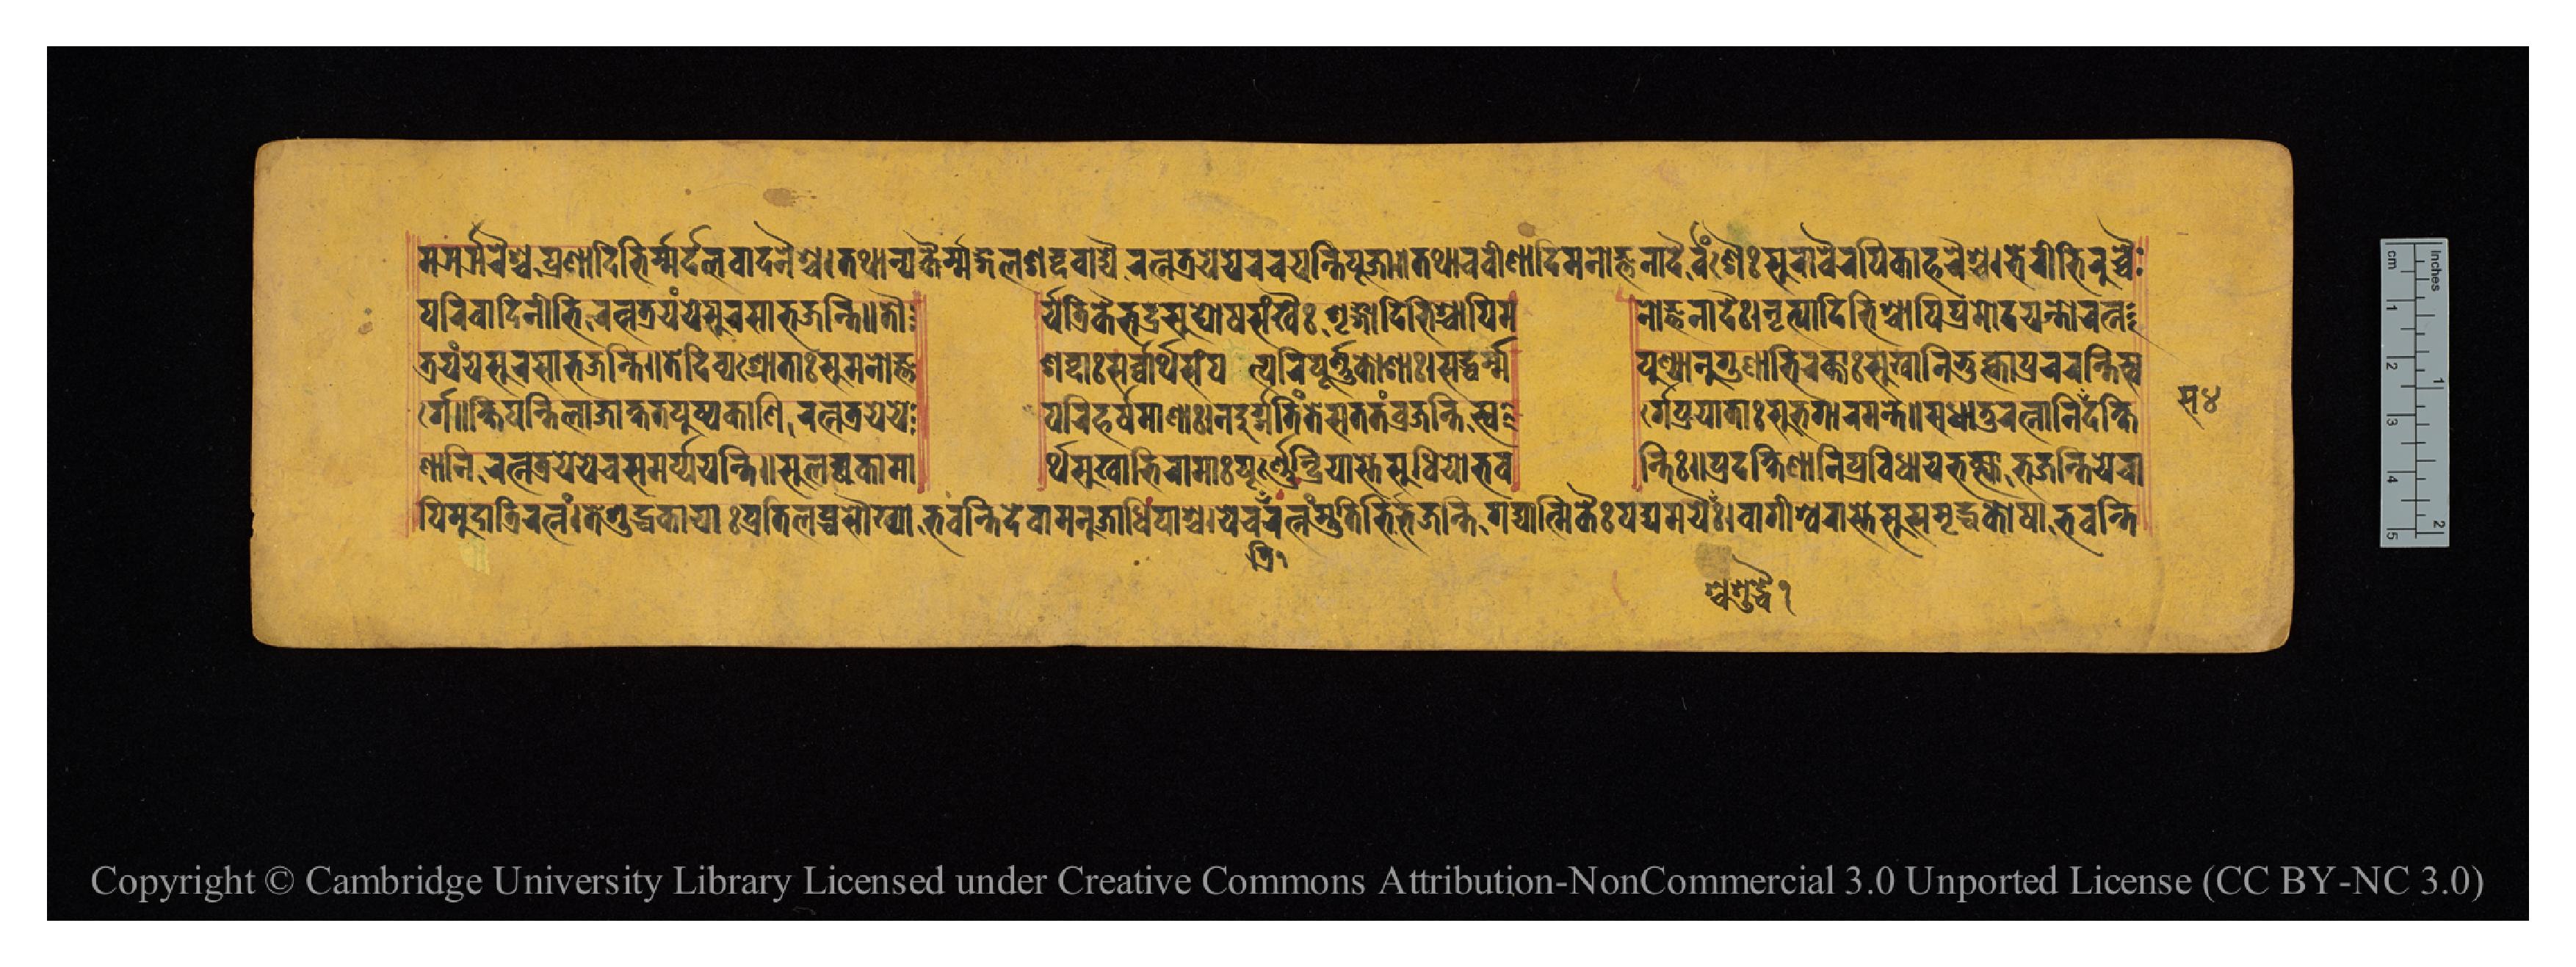
𑐩𑐗𑐬𑑂𑐗𑐬𑐿𑐱𑑂𑐔𑐥𑑂𑐬𑐞𑐵𑐡𑐶𑐨𑐶𑐬𑑂𑐩𑐬𑑂𑐡𑐣𑐰𑐵𑐡𑐣𑐿𑐱𑑂𑐔𑑋𑐟𑐠𑐵𑐣𑑂𑐫𑐎𑐿𑐬𑑂𑐩𑑄𑐐𑐮𑐱𑐧𑑂𑐡𑐰𑐵𑐡𑑂𑐫𑐿𑐬𑐟𑑂𑐣𑐟𑑂𑐬𑐫𑐾𑐫𑐾𑐬𑐔𑐫𑐣𑑂𑐟𑐶𑐥𑐹𑐖𑐵𑑄𑑌𑐟𑐠𑐵𑐔𑐰𑐷𑐞𑐵𑐡𑐶𑐩𑐣𑑀𑐖𑑂𑐘𑐣𑐵𑐡𑐿𑐬𑑂𑐰𑐱𑐿𑑅𑐳𑐸𑐬𑐵𑐰𑐿𑐬𑐥𑐶𑐎𑐵𑐴𑐬𑐿𑐱𑑂𑐔𑑋𑐨𑐾𑐬𑐷𑐨𑐶𑐬𑐸𑐔𑑂𑐔𑐿 𑐥𑐬𑐶𑐰𑐵𑐡𑐶𑐣𑐷𑐨𑐶𑐬𑐟𑑂𑐣𑐟𑑂𑐬𑐫𑑄𑐫𑐾𑐳𑐸𑐬𑐳𑐵𑐨𑐖𑐣𑑂𑐟𑐶𑑌𑐟𑑁 𑐬𑑂𑐫𑐟𑑂𑐬𑐶𑐎𑐿𑐬𑑂𑐨𑐡𑑂𑐬𑐳𑐸𑐑𑑀𑐲𑐱𑑄𑐏𑐿𑑅𑐱𑐺𑑄𑐐𑐵𑐡𑐶𑐨𑐶𑐱𑑂𑐔𑐵𑐥𑐶𑐩 𑐣𑑀𑐖𑑂𑐘𑐣𑐵𑐡𑐿𑑅𑑋𑐣𑐺𑐟𑑂𑐫𑐵𑐡𑐶𑐨𑐶𑐱𑑂𑐔𑐵𑐥𑐶𑐥𑑂𑐬𑐩𑑀𑐡𑐫𑐣𑑂𑐟𑑀𑐬𑐟𑑂𑐣 𑐟𑑂𑐬𑐫𑑄𑐫𑐾𑐳𑐸𑐬𑐳𑐵𑐨𑐖𑐣𑑂𑐟𑐶𑑌𑐟𑐾𑐡𑐶𑐰𑑂𑐫𑐱𑑂𑐬𑑀𑐟𑑂𑐬𑐵𑑅𑐳𑐸𑐩𑐣𑑀𑐖𑑂𑐘 𑐱𑐧𑑂𑐡𑐵𑑅𑐳𑐬𑑂𑐰𑐵𑐬𑑂𑐠𑐳𑐩𑑂𑐥𑐟𑑂𑐫𑐥𑐬𑐶𑐥𑐹𑐬𑑂𑐞𑐎𑑀𑐱𑐵𑑅𑑋𑐳𑐡𑑂𑐢𑐬𑑂𑐩𑑂𑐩 𑐥𑐸𑐞𑑂𑐫𑐵𑐣𑐸𑐐𑐸𑐞𑐵𑐨𑐶𑐬𑐎𑑂𑐟𑐵𑑅𑐳𑐸𑐏𑐵𑐣𑐶𑐨𑐸𑐎𑑂𑐟𑑂𑐰𑐵𑐥𑑂𑐬𑐔𑐬𑐣𑑂𑐟𑐶𑐳𑑂𑐰 𑐬𑑂𑐐𑐾𑑌𑐎𑑂𑐲𑐶𑐥𑐣𑑂𑐟𑐶𑐮𑐵𑐖𑐵𑐎𑑂𑐲𑐟𑐥𑐸𑐲𑑂𑐥𑐎𑐵𑐞𑐶𑐬𑐟𑑂𑐣𑐟𑑂𑐬𑐫𑐾𑐫𑐾 𑐥𑐬𑐶𑐴𑐬𑑂𑐲𑐩𑐵𑐞𑐵𑑅𑑋𑐣𑐡𑐸𑐬𑑂𑐐𑐟𑐶𑑄𑐟𑐾𑐳𑐟𑐟𑑄𑐰𑑂𑐬𑐖𑐣𑑂𑐟𑐶𑐳𑑂𑐰 𑐬𑑂𑐐𑐾𑐥𑑂𑐬𑐫𑐵𑐟𑐵𑑅𑐳𑐸𑐨𑐐𑐵𑐬𑐩𑐣𑑂𑐟𑐾𑑌𑐳𑐸𑐢𑐵𑐟𑐸𑐬𑐟𑑂𑐣𑐵𑐣𑐶𑐳𑐡𑐎𑑂𑐲𑐶 𑐞𑐵𑐣𑐶𑐬𑐟𑑂𑐣𑐟𑑂𑐬𑐫𑐾𑐫𑐾𑐔𑐳𑐩𑐬𑑂𑐥𑐫𑐣𑑂𑐟𑐶𑑌𑐳𑐸𑐮𑐧𑑂𑐢𑐎𑐵𑐩𑐵 𑐬𑑂𑐠𑐳𑐸𑐏𑐵𑐨𑐶𑐬𑐵𑐩𑐵𑑅𑐥𑐹𑐬𑑂𑐞𑐾𑐣𑑂𑐡𑑂𑐬𑐶𑐫𑐵𑐳𑑂𑐟𑐾𑐳𑐸𑐢𑐶𑐫𑑀𑐨𑐰 𑐣𑑂𑐟𑐶𑑌𑐥𑑂𑐬𑐡𑐎𑑂𑐲𑐶𑐞𑐵𑐣𑐶𑐥𑑂𑐬𑐰𑐶𑐢𑐵𑐫𑐨𑐎𑑂𑐟𑑂𑐫𑐵𑐨𑐖𑐣𑑂𑐟𑐶𑐫𑐾𑐔𑐵 𑐥𑐶𑐩𑐸𑐡𑐵𑐟𑑂𑐬𑐶𑐬𑐟𑑂𑐣𑑄𑑋𑐟𑐾𑐱𑐸𑐡𑑂𑐢𑐎𑐵𑐫𑐵𑑅𑐥𑑂𑐬𑐟𑐶𑐮𑐧𑑂𑐢𑐳𑑁𑐏𑑂𑐫𑐵𑐨𑐰𑐣𑑂𑐟𑐶𑐡𑐾𑐰𑐵𑐩𑐣𑐸𑐖𑐵𑐢𑐶𑐥𑐵𑐱𑑂𑐔𑑌𑐫𑐾𑐔𑐬𑐟𑑂𑐣𑐩𑑂𑐳𑑂𑐟𑐸𑐟𑐶𑐨𑐶𑐬𑑂𑐨𑐖𑐣𑑂𑐟𑐶𑐐𑐡𑑂𑐫𑐟𑑂𑐩𑐶𑐎𑐿𑑅𑐥𑐡𑑂𑐫𑐩𑐫𑐿𑑅𑑋𑐰𑐵𑐐𑐷𑐱𑑂𑐰𑐬𑐵𑐳𑑂𑐟𑐾𑐳𑐸𑐳𑐩𑐺𑐡𑑂𑐢𑐎𑑀𑐲𑐵𑐨𑐰𑐣𑑂𑐟𑐶